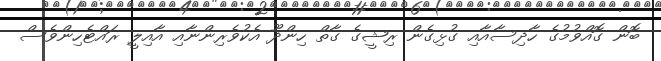
ބޮން ގޮއްވުމުގެ ހާދިސާއާއި ގުޅިގެން ރިޝީގެ ގާތް ހިންދޫ އެކުވެރިންނާއި އާއިލީ ރައްޓެހިންވެސް